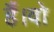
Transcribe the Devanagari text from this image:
हैं।वो